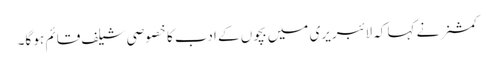
کمشنر نے کہا کہ لائبریری میں بچوں کے ادب کا خصوصی شیلف قائم ہو گا۔